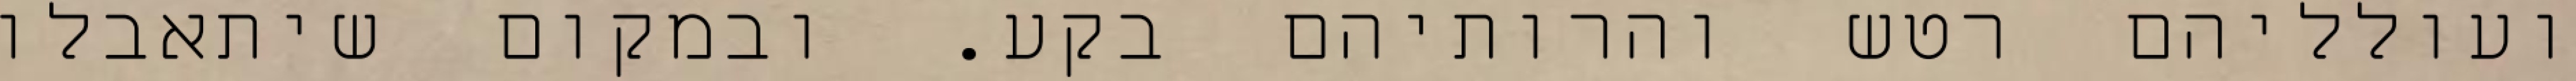
ועולליהם רטש והרותיהם בקע. ובמקום שיתאבלו